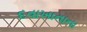
દવાખાનાના